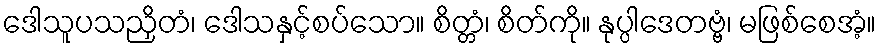
ဒေါသူပသညှိတံ၊ ဒေါသနှင့်စပ်သော။ စိတ္တံ၊ စိတ်ကို။ နုပ္ပါဒေတဗ္ဗံ၊ မဖြစ်စေအံ့။